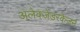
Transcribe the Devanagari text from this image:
अलेक्जेंडरकेज़र्न